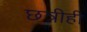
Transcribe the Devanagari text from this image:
छत्रीही